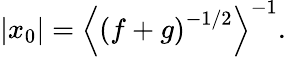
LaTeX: \left|x_{0}\right|=\left\langle\left(f+g\right)^{-1/2}\right\rangle^{-1}.